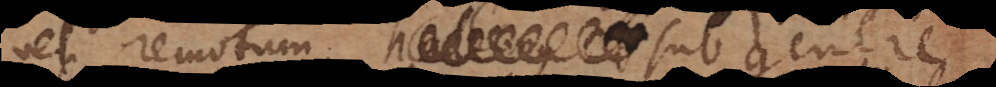
vel remotum, sub genere